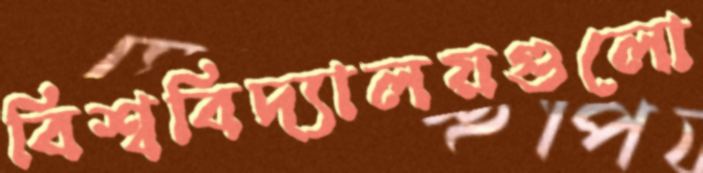
বিশ্ববিদ্যালয়গুলো